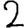
Digit: 2